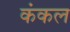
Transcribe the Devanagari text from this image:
कंकल